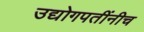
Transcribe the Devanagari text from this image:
उद्योगपतींनीच